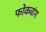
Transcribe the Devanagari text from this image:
फोकवांग